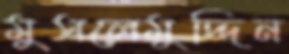
মুসলেমুদ্দিন